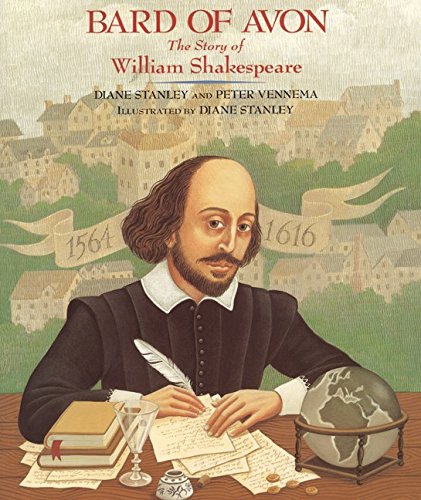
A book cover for Bard of Avon: The Story of William Shakespeare; Diane Stanley; Children's Books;